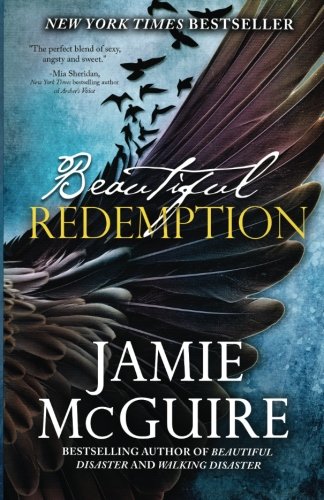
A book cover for Beautiful Redemption: A Novel (The Maddox Brothers Series) (Volume 2); Jamie McGuire; Romance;